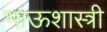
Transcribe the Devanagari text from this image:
भाऊशास्त्री